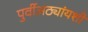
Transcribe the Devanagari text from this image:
पुर्वीअठ्यांयशीं